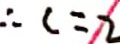
\therefore c = 2